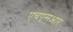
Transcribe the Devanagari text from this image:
एचएसआर